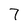
Character: 7